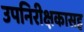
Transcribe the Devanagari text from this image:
उपनिरीक्षकासह